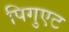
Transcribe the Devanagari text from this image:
पिगुएट